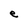
Character: e